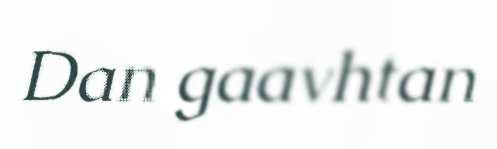
Dan gaavhtan